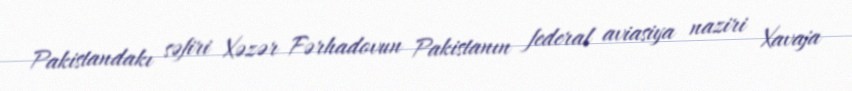
Pakistandakı səfiri Xəzər Fərhadovun Pakistanın federal aviasiya naziri Xavaja